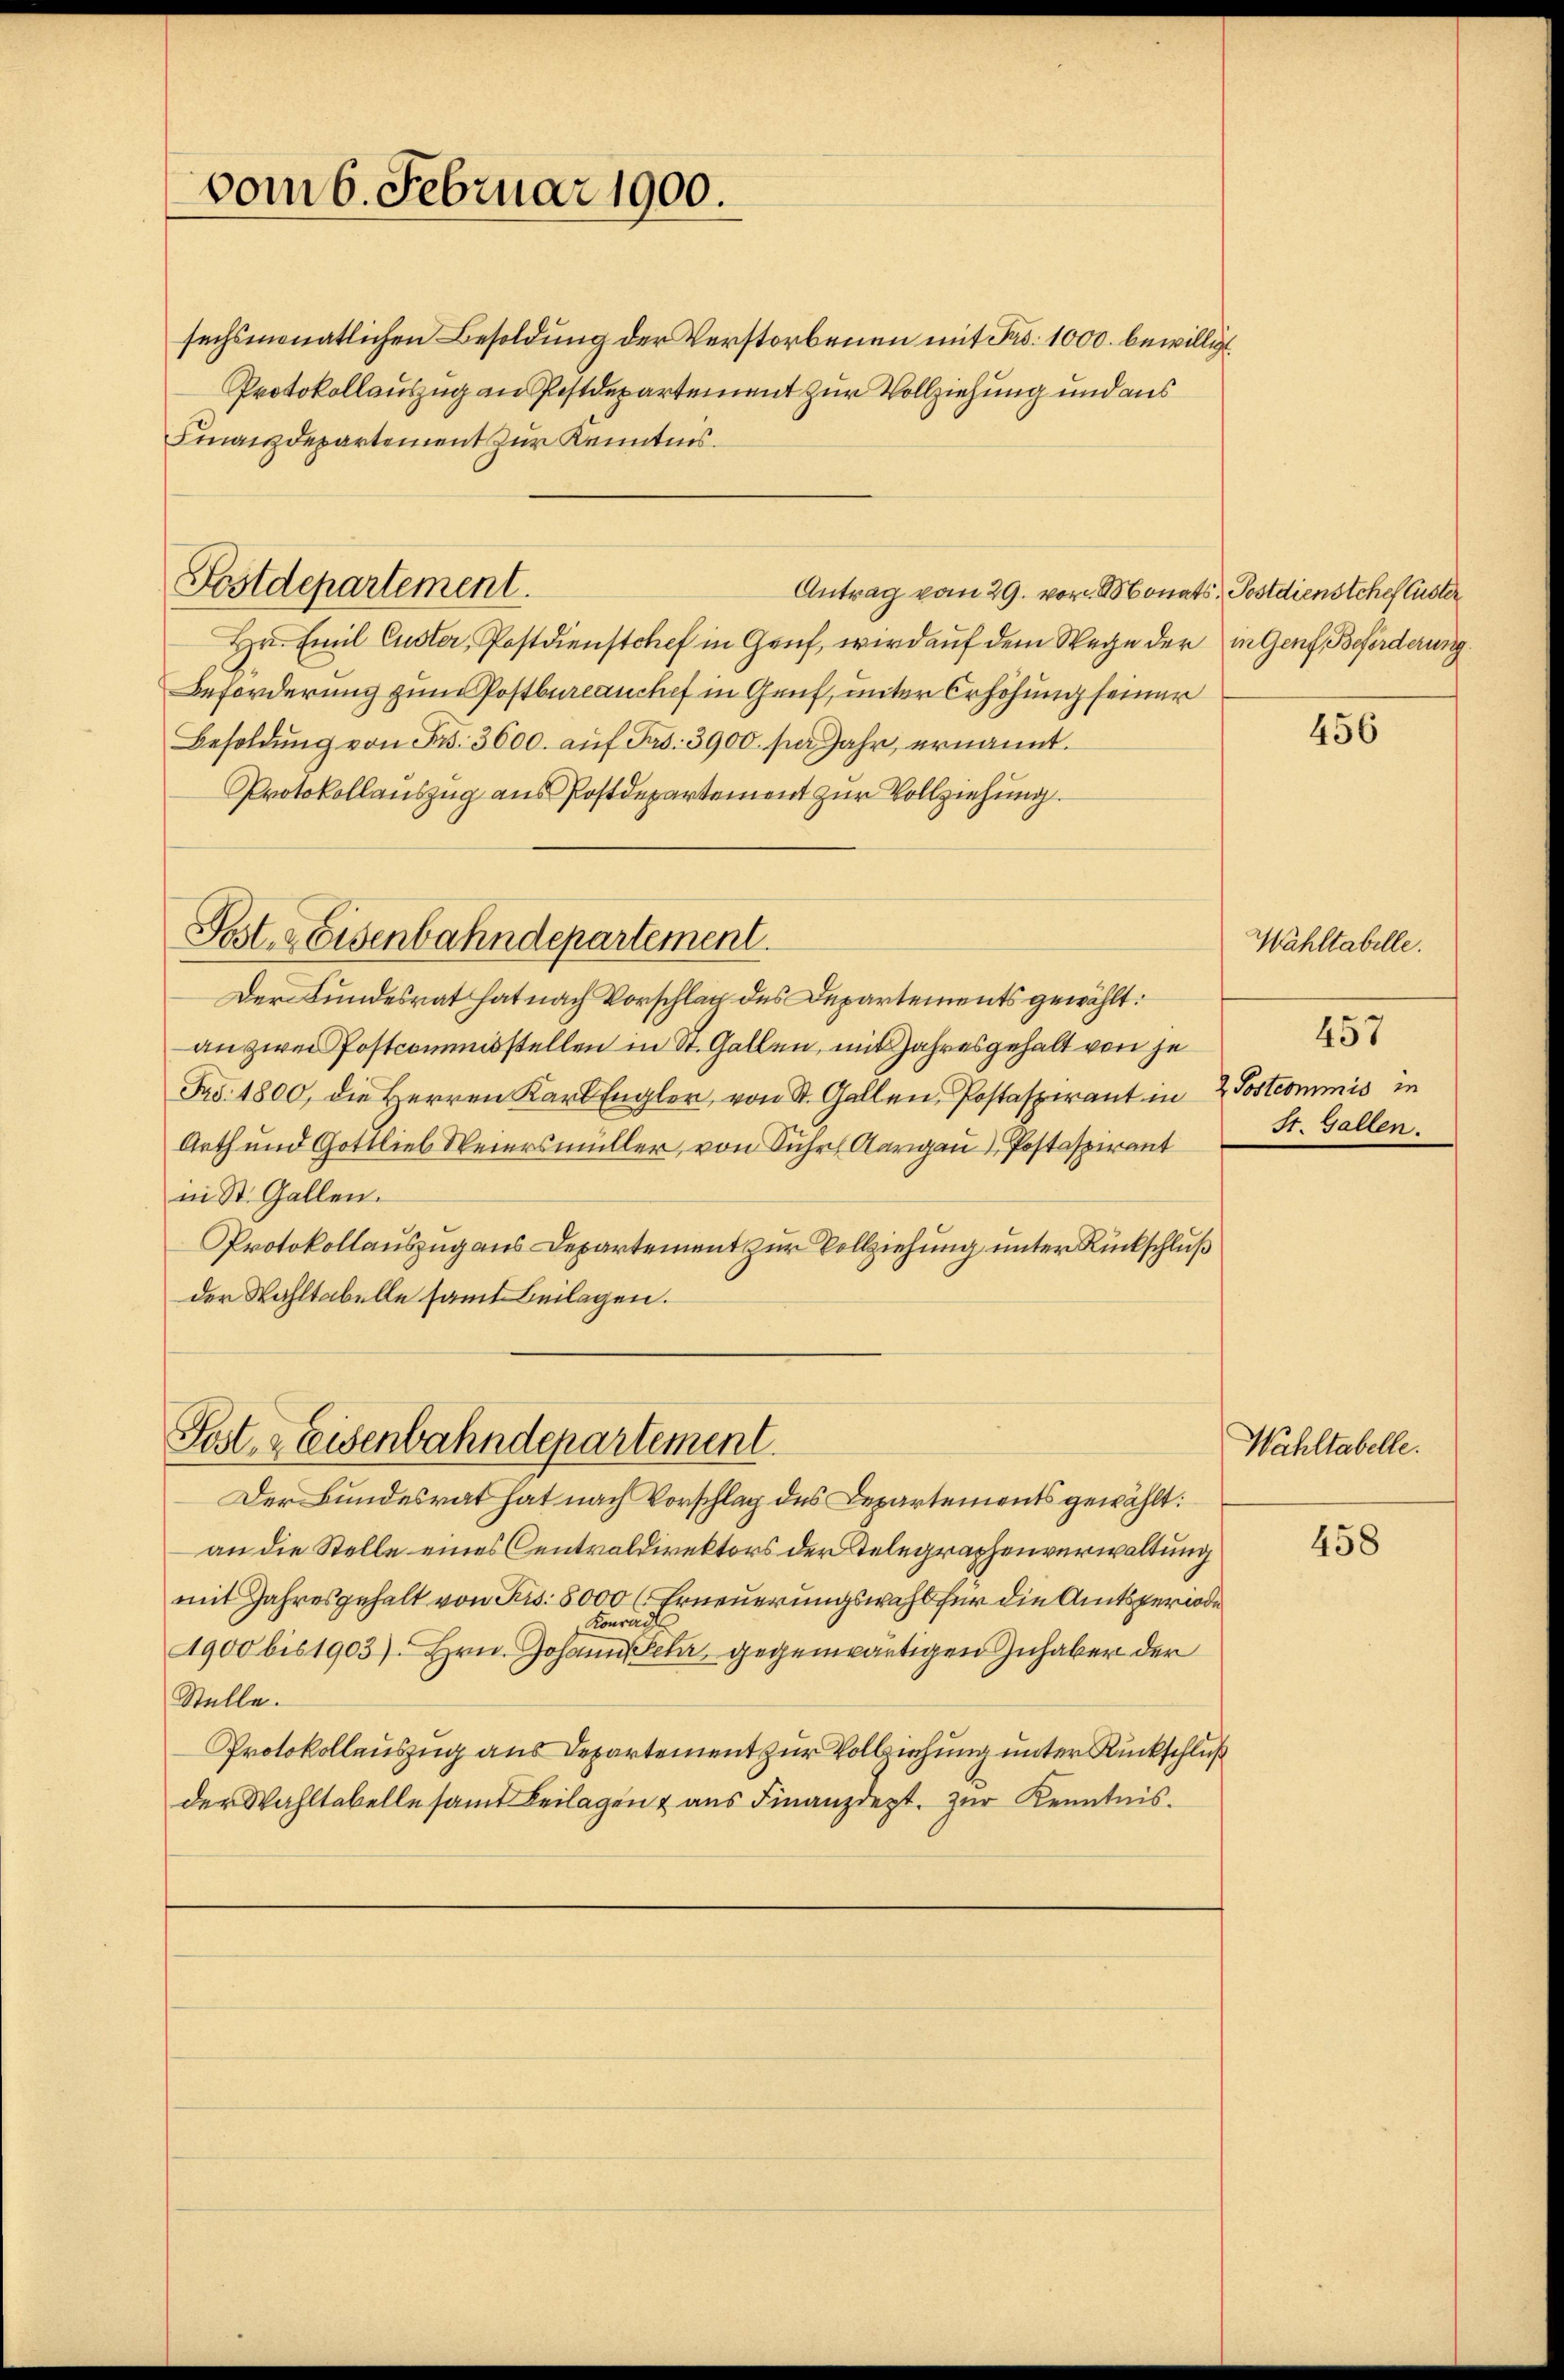
vom 6. Februar 1900.

sechsmonatlichen Besoldung der Verstorbenen mit Fr. 1000. bewilligt
Protokollauszug an Postdepartement zur Vollziehung und aus
Finanzdepartement zur Kenntnis.

Fostdepartement.

Hu. Emil Custer, Postdienstchef in Genf, wird auf dem Wege der in Genf, Beförderung
Beforderung zum Postbureauchef in Genf, unter Erhöhung seiner
Besoldŭng von Frs. 3600. aŭf Fr. 3900 per Jahr, ernannt.
Protokollauszug aus Postdepartement zur Vollziehung.

Post- & Eisenbahndepartement.

Fest, 2 Eisenbahndepartement.

Der Bundesrat hat nach Vorschlag des Departements gewählt:
an zwei Postcommisstellen in St. Gallen, mit Jahresgehalt von je
Fro. 1800, die Herren Karl Engler, von St. Gallen, Postaspirant in 2 Postcommis in
Arth und Gottlieb Weiersmüller, von Suhr. Aargau) Postaspirant St. Gallen.
in St. Gallen.
Protokollauszug aus Departement zur Vollziehung unter Rückschluß
der Wahltabelle samt Beilagen.

Der Bundesrat hat nach Vorschlag des Departements gewählt:
an die Stelle eines Centraldirektors der Telegraphenverwaltung
mit Jahresgehalt von Frs. 5000 (Erneuerungswahl für die Amtsperiode
Konrad
1900 bis 1903). Hrn. Johann Sehr gegenwärtigen Inhaber der
Stelle.
Protokollauszug aus Departement zur Vollziehung unter Rückschluß
der Wahltabelle samt Beilagen & aus Finanzdept. zur Kenntnis¬

Antrag vom 29. vor. Monats Postdienstcheflister

456

Wahltabelle.
457

Wahltabelle.

458